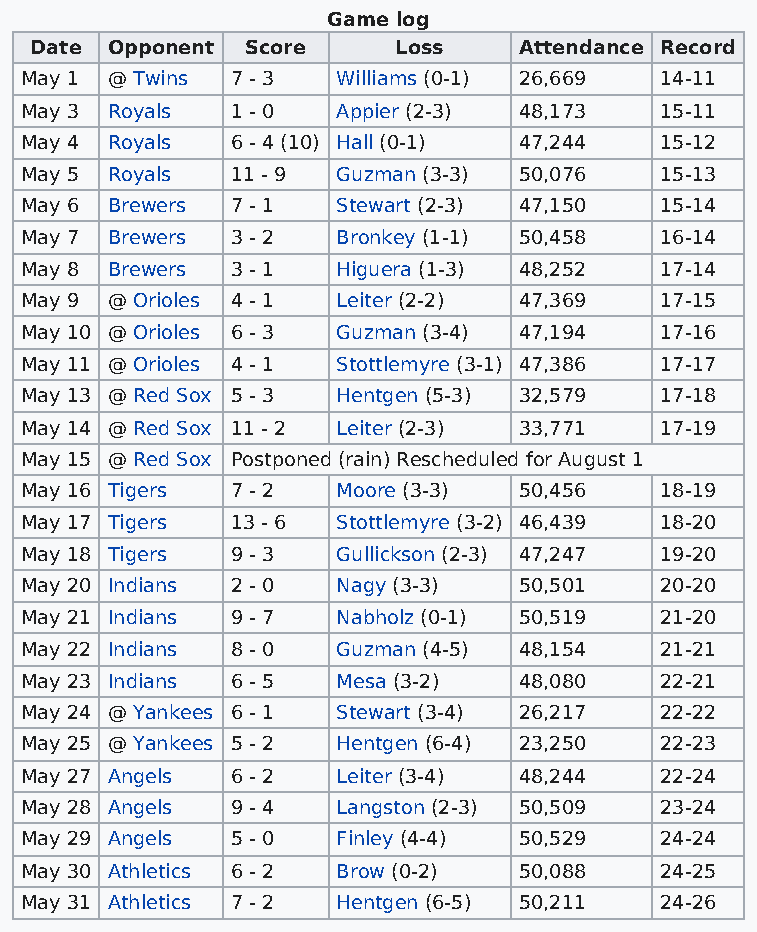
Game log
 Date Opponent Score     Loss    Attendance Record
 May 1 @ Twins 7 - 3  Williams (0-1) 26,669 14-11
 May 3 Royals  1 - 0  Appier (2-3) 48,173   15-11
 May 4 Royals  6 - 4 (10) Hall (0-1) 47,244 15-12
 May 5 Royals  11 - 9 Guzman (3-3) 50,076   15-13
 May 6 Brewers 7 - 1  Stewart (2-3) 47,150  15-14
 May 7 Brewers 3 - 2  Bronkey (1-1) 50,458  16-14
 May 8 Brewers 3 - 1  Higuera (1-3) 48,252  17-14
 May 9 @ Orioles 4 - 1 Leiter (2-2) 47,369  17-15
 May 10 @ Orioles 6 - 3 Guzman (3-4) 47,194 17-16
 May 11 @ Orioles 4 - 1 Stottlemyre (3-1) 47,386 17-17
 May 13 @ Red Sox 5 - 3 Hentgen (5-3) 32,579 17-18
 May 14 @ Red Sox 11 - 2 Leiter (2-3) 33,771 17-19
 May 15 @ Red Sox Postponed (rain) Rescheduled for August 1
 May 16 Tigers 7 - 2  Moore (3-3) 50,456    18-19
 May 17 Tigers 13 - 6 Stottlemyre (3-2) 46,439 18-20
 May 18 Tigers 9 - 3  Gullickson (2-3) 47,247 19-20
 May 20 Indians 2 - 0 Nagy (3-3)  50,501    20-20
 May 21 Indians 9 - 7 Nabholz (0-1) 50,519  21-20
 May 22 Indians 8 - 0 Guzman (4-5) 48,154   21-21
 May 23 Indians 6 - 5 Mesa (3-2)  48,080    22-21
 May 24 @ Yankees 6 - 1 Stewart (3-4) 26,217 22-22
 May 25 @ Yankees 5 - 2 Hentgen (6-4) 23,250 22-23
 May 27 Angels 6 - 2  Leiter (3-4) 48,244   22-24
 May 28 Angels 9 - 4  Langston (2-3) 50,509 23-24
 May 29 Angels 5 - 0  Finley (4-4) 50,529   24-24
 May 30 Athletics 6 - 2 Brow (0-2) 50,088   24-25
 May 31 Athletics 7 - 2 Hentgen (6-5) 50,211 24-26